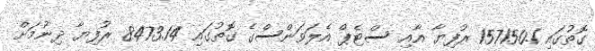
ގޮތުގައި 157150.1 ރުފިޔާ އާއި ސްޓެޕް އެލަވަންސްގެ ގޮތުގައި 8473.14 ރުފިޔާ ދިނުމަށް